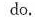
do.